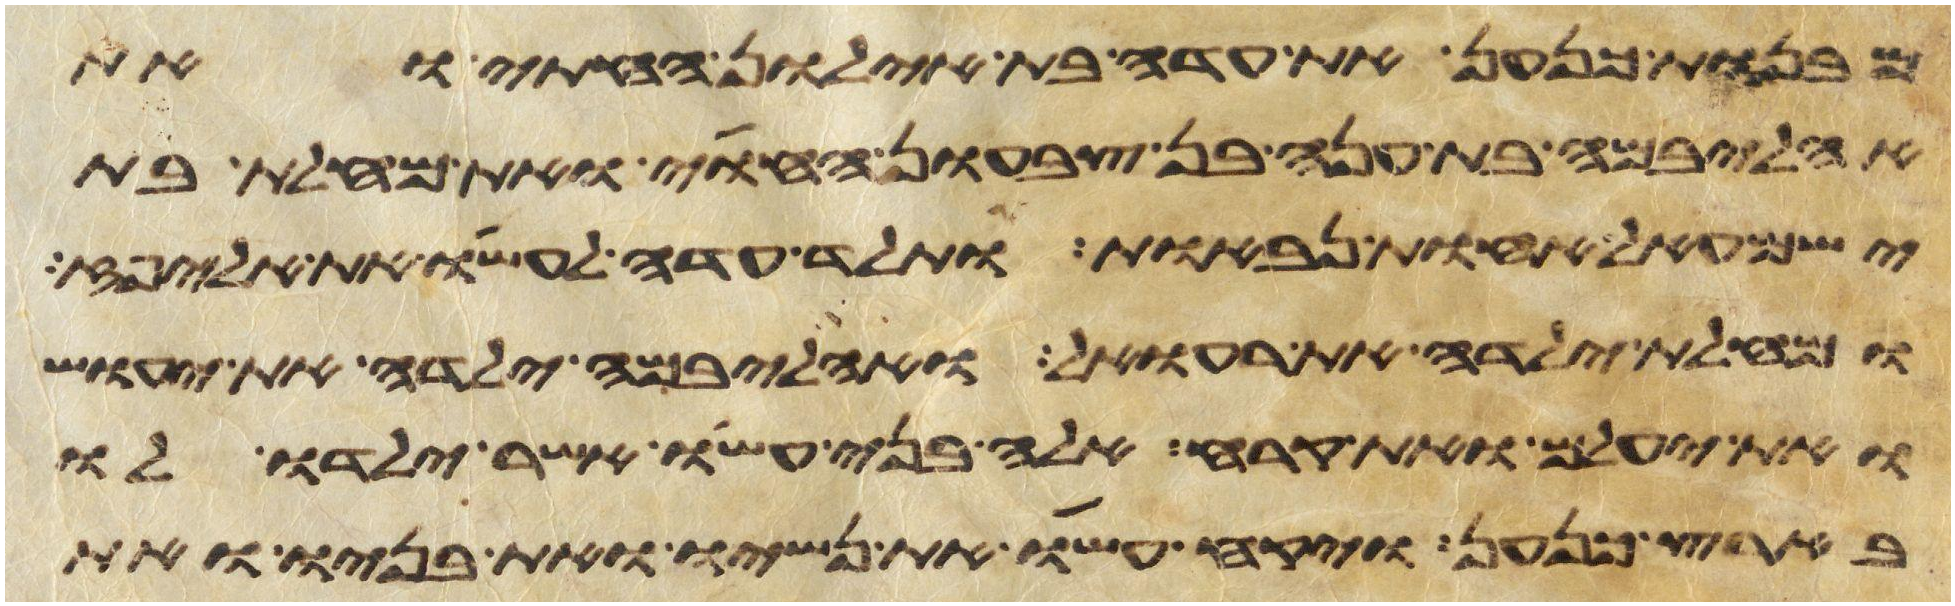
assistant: מבנות כנען את עדה בת אילון החתי ואת
אהליבמה בת ענה בן צבעון החוי ואת מחלת בת
ישמעאל אחות נבאות ותלד עדה לעשו את אליפז
ומחלת ילדה את רעואל ואהליבמה ילדה את יעוש
ואת יעלם ואת קרח אלה בני עשו אשר ילדו לו
בארץ כנען ויקח עשו את נשיו ואת בניו ואת